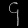
Digit: ၄